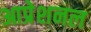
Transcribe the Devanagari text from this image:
आप्रेशनल